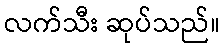
လက်သီး ဆုပ်သည်။